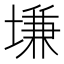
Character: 𡏊